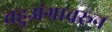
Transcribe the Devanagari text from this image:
चहुअंगावरून